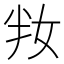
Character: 𡛤